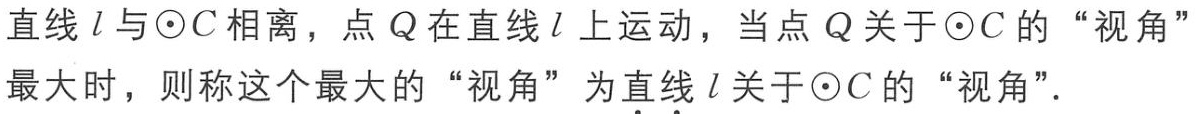
直线 \(l\) 与\(\odot C\)相离，点 \(Q\) 在直线 \(l\) 上运动，当点 \(Q\) 关于\(\odot C\)的“视角”最大时，则称这个最大的“视角”为直线 \(l\) 关于\(\odot C\)的“视角”.